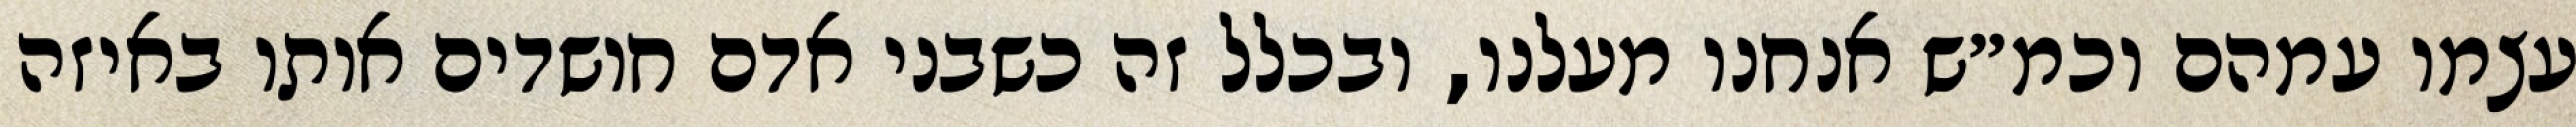
עצמו עמהם וכמ״ש אנחנו מעלנו, ובכלל זה כשבני אדם חושדים אותו באיזה